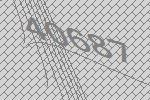
40687